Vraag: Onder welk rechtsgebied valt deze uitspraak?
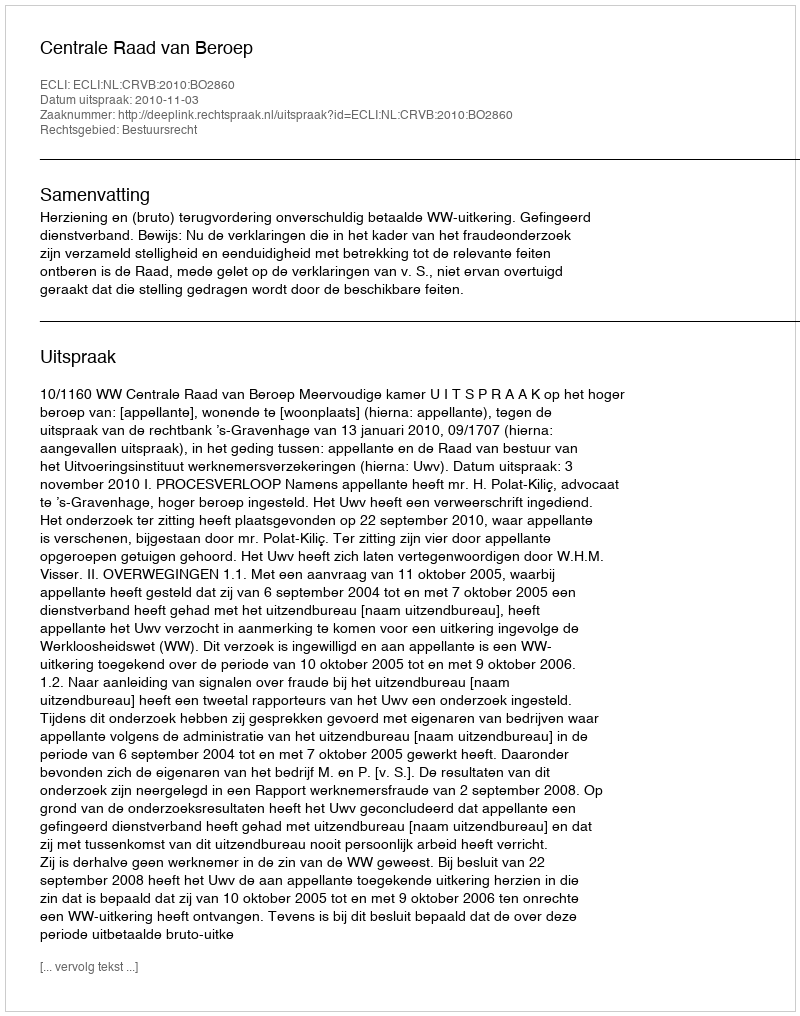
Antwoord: Bestuursrecht